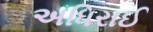
અધિરાઈ